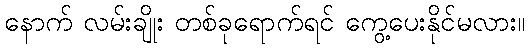
နောက် လမ်းချိုး တစ်ခုရောက်ရင် ကွေ့ပေးနိုင်မလား။